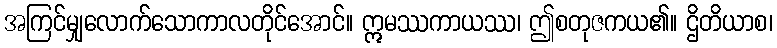
အကြင်မျှလောက်သောကာလတိုင်အောင်။ ဣမဿကာယဿ၊ ဤစတုဇကယ၏။ ဌိတိယာစ၊